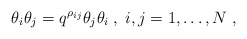
\begin{align*}\theta_{i}\theta_{j}=q^{\rho_{ij}}\theta_{j}\theta_{i}\;,\;i,j=1,\dots ,N \;,\end{align*}